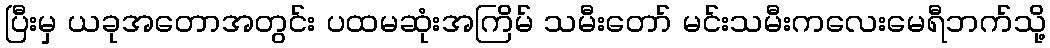
ပြီးမှ ယခုအတောအတွင်း ပထမဆုံးအကြိမ် သမီးတော် မင်းသမီးကလေးမေရီဘက်သို့